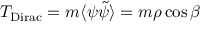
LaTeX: T _ { \mathrm { D i r a c } } = m \langle \psi \tilde { \psi } \rangle = m \rho \cos \beta